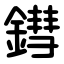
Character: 鏏